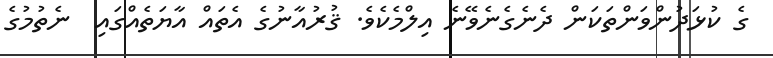
ގެ ކުޅަދުންވަންތަކަން ދެނެގެނެވޭނެ އިލްމެކެވެ. ޤުރުއާނުގެ އެތައް އާޔަތެއްގައި  ނެތުމުގެ